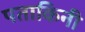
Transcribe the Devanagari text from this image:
पताकिनी